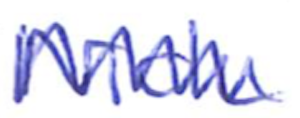
Text: Nick
Cross-out: mix
Writing tool: ballpoint